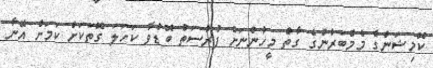
ކޮމިޝަންގެ މެމްބަރުންގެ ގާތް މީހުންނަށް ފުރުސަތު ބޮޑުވާ ކަހަލަ ގޮތަކަށް ކަމަށް އޭނާ